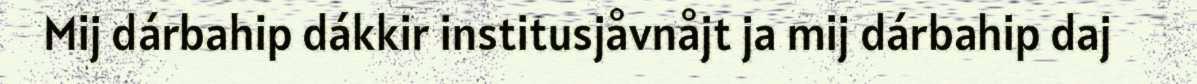
Mij dárbahip dákkir institusjåvnåjt ja mij dárbahip daj